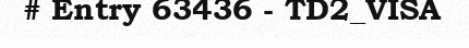
# Entry 63436 - TD2_VISA